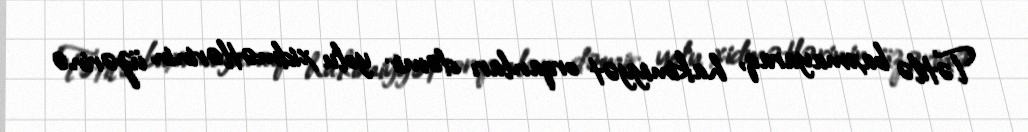
Tətilə baxmayaraq, hakimiyyət orqanları dəmir yolu xidmətlərinin üzərinə